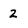
Character: 2